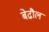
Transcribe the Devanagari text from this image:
बेढौल